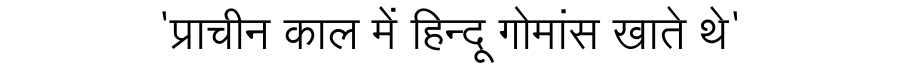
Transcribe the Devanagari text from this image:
'प्राचीन काल में हिन्दू गोमांस खाते थे'